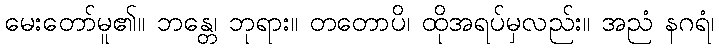
မေးတော်မူ၏။ ဘန္တေ၊ ဘုရား။ တတောပိ၊ ထိုအရပ်မှလည်း။ အညံ နဂရံ၊